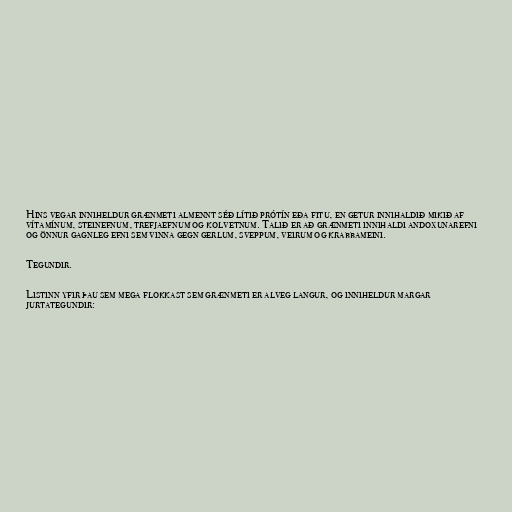
Hins vegar inniheldur grænmeti almennt séð lítið prótín eða fitu, en getur innihaldið mikið af
vítamínum, steinefnum, trefjaefnum og kolvetnum. Talið er að grænmeti innihaldi andoxunarefni
og önnur gagnleg efni sem vinna gegn gerlum, sveppum, veirum og krabbameini.

Tegundir.

Listinn yfir þau sem mega flokkast sem grænmeti er alveg langur, og inniheldur margar
jurtategundir: